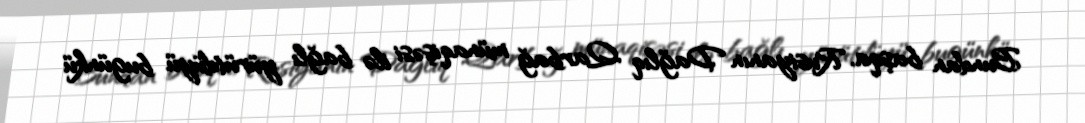
Bundan başqa, Rusiyanın Dağlıq Qarbağ münaqişəsi ilə bağlı yürütdüyü bugünkü